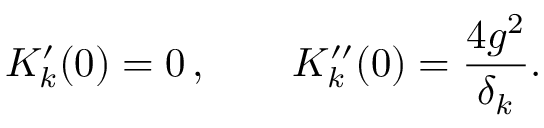
K _ { k } ^ { \prime } ( 0 ) = 0 \, , \qquad K _ { k } ^ { \prime \prime } ( 0 ) = \frac { 4 g ^ { 2 } } { \delta _ { k } } .